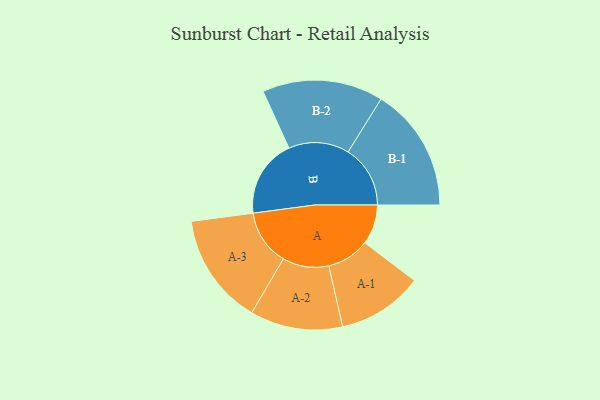
{"axis": {"x": "Segment", "y": "Value"}, "legend": ["", "A", "B"], "data": [{"x": "A", "y": 160, "type": ""}, {"x": "B", "y": 314, "type": ""}, {"x": "A-1", "y": 172, "type": "A"}, {"x": "A-2", "y": 186, "type": "A"}, {"x": "A-3", "y": 224, "type": "A"}, {"x": "B-1", "y": 250, "type": "B"}, {"x": "B-2", "y": 243, "type": "B"}]}